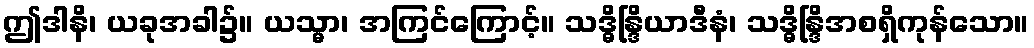
ဤဒါနိ၊ ယခုအခါ၌။ ယသ္မာ၊ အကြင်ကြောင့်။ သဒ္ဓိန္ဒြိယာဒီနံ၊ သဒ္ဓိန္ဒြိအစရှိကုန်သော။